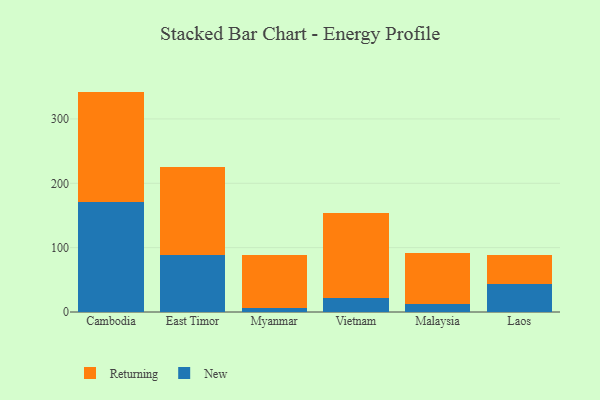
{"axis": {"x": "Country", "y": "Market Share (%)"}, "legend": ["New", "Returning"], "data": [{"x": "Cambodia", "y": 170.7, "type": "New"}, {"x": "Cambodia", "y": 171.8, "type": "Returning"}, {"x": "East Timor", "y": 88.0, "type": "New"}, {"x": "East Timor", "y": 137.2, "type": "Returning"}, {"x": "Myanmar", "y": 6.0, "type": "New"}, {"x": "Myanmar", "y": 82.9, "type": "Returning"}, {"x": "Vietnam", "y": 21.7, "type": "New"}, {"x": "Vietnam", "y": 132.1, "type": "Returning"}, {"x": "Malaysia", "y": 12.7, "type": "New"}, {"x": "Malaysia", "y": 79.1, "type": "Returning"}, {"x": "Laos", "y": 43.6, "type": "New"}, {"x": "Laos", "y": 45.6, "type": "Returning"}]}